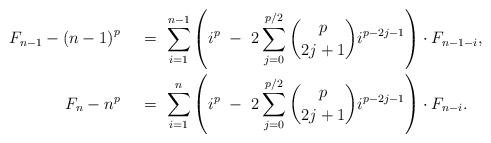
LaTeX: \begin{align*}F_{n-1} - {(n-1)}^{p}\,\,\,\,\, \ &= \ \sum_{i=1}^{n-1} \left(i^{p} \ - \ 2\sum_{j=0}^{p/2} \binom{p}{2j+1} i^{p-2j-1} \right) \cdot F_{n-1-i}, \\F_n - n^{p}\,\,\,\,\, \ &= \ \sum_{i=1}^{n} \left(i^{p} \ - \ 2\sum_{j=0}^{p/2} \binom{p}{2j+1} i^{p-2j-1} \right) \cdot F_{n-i}. \end{align*}